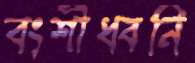
বংশীধ্বনি